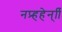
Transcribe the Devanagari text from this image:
नप्र्हहेन्िि